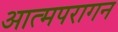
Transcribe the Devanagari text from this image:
आत्मपरागन